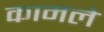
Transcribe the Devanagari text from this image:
कामले